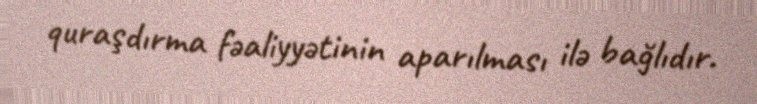
quraşdırma fəaliyyətinin aparılması ilə bağlıdır.